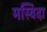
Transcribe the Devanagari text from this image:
मस्विदा